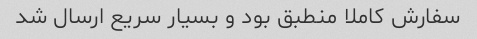
سفارش کاملا منطبق بود و بسیار سریع ارسال شد